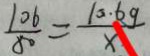
\frac { 1 0 6 } { 5 0 } = \frac { 1 0 . 6 g } { x }